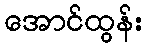
အောင်ထွန်း